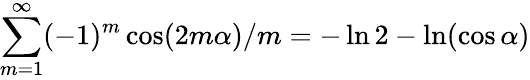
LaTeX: \sum_{m=1}^{\infty}(-1)^{m}\cos(2m\alpha)/m=-\ln 2-\ln(\cos\alpha)